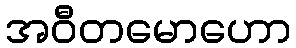
အဝီတမောဟော